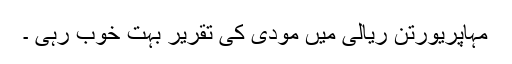
مہاپریورتن ریالی میں مودی کی تقریر بہت خوب رہی ۔